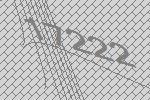
17222